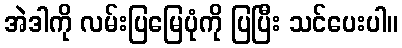
အဲဒါကို လမ်းပြမြေပုံကို ပြပြီး သင်ပေးပါ။